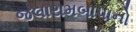
જલારામબાપાનો